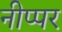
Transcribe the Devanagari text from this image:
नीप्पर